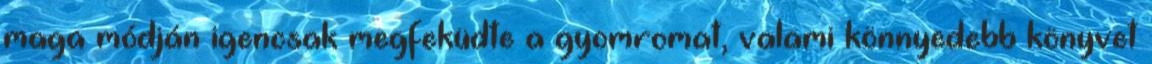
maga módján igencsak megfeküdte a gyomromat, valami könnyedebb könyvet